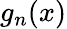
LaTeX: g_{n}(x)